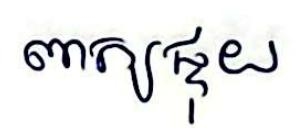
ពាក្យផ្ទុយ